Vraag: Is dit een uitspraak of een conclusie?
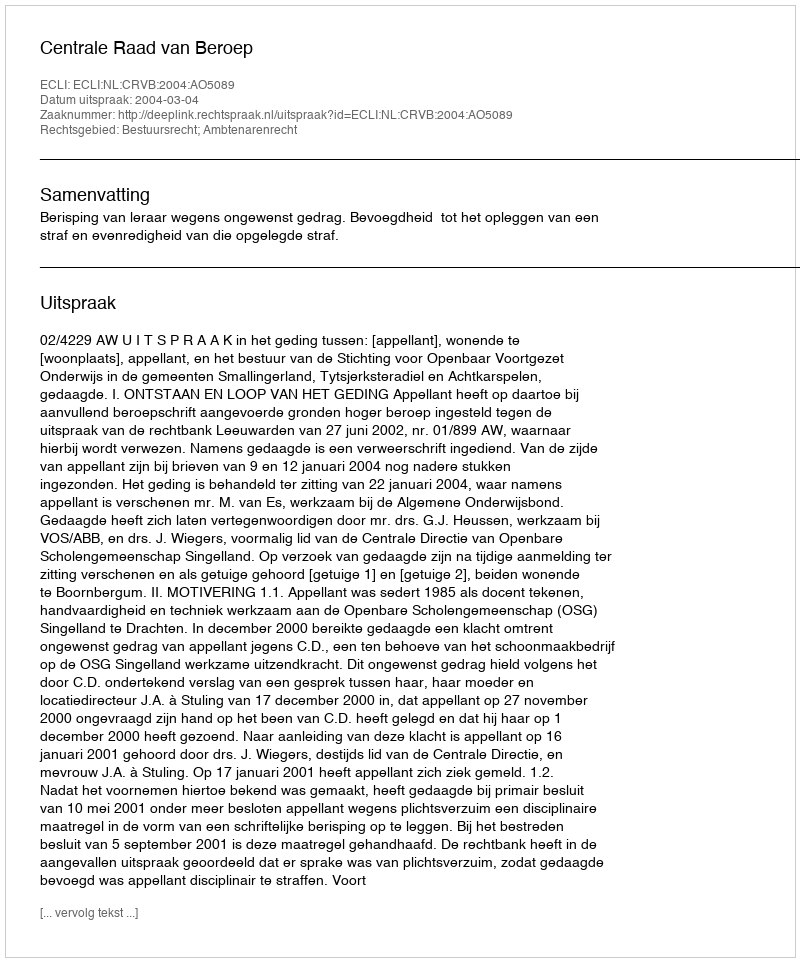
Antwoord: Uitspraak